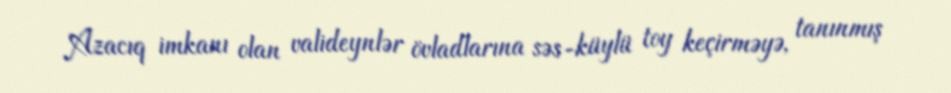
Azacıq imkanı olan valideynlər övladlarına səs-küylü toy keçirməyə, tanınmış